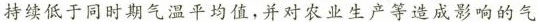
持续低于同时期气温平均值，并对农业生产等造成影响的气